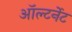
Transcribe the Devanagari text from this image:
ऑल्टर्नेट